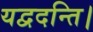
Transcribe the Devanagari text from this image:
यद्वदन्ति।